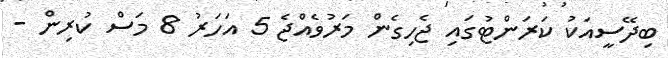
ބިދޭސީއަކު ކަރަންޓުގައި ޖެހިގެން މަރުވެއްޖެ 5 އަހަރު 8 މަސް ކުރިން -